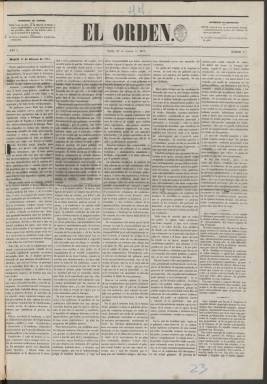
Título: El Orden (Madrid. 1851)
Colección: Periódicos
Ámbito geográfico: Madrid
Lugar de publicación: Madrid
Fechas: 15/02/1851-31/07/1852